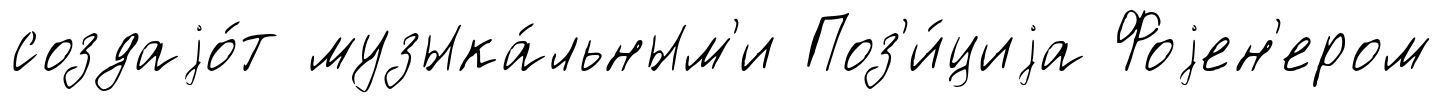
создаjо́т музыка́льным'и Поз'и́циjа Фоjен'ером